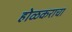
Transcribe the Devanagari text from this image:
होळकराचा